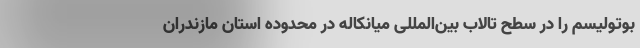
بوتولیسم را در سطح تالاب بین‌المللی میانکاله در محدوده استان مازندران